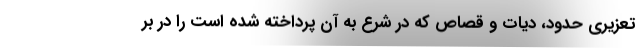
تعزیری حدود، دیات و قصاص که در شرع به آن پرداخته شده است را در بر